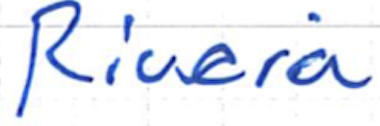
Text: Riviera
Cross-out: clean
Writing tool: ballpoint